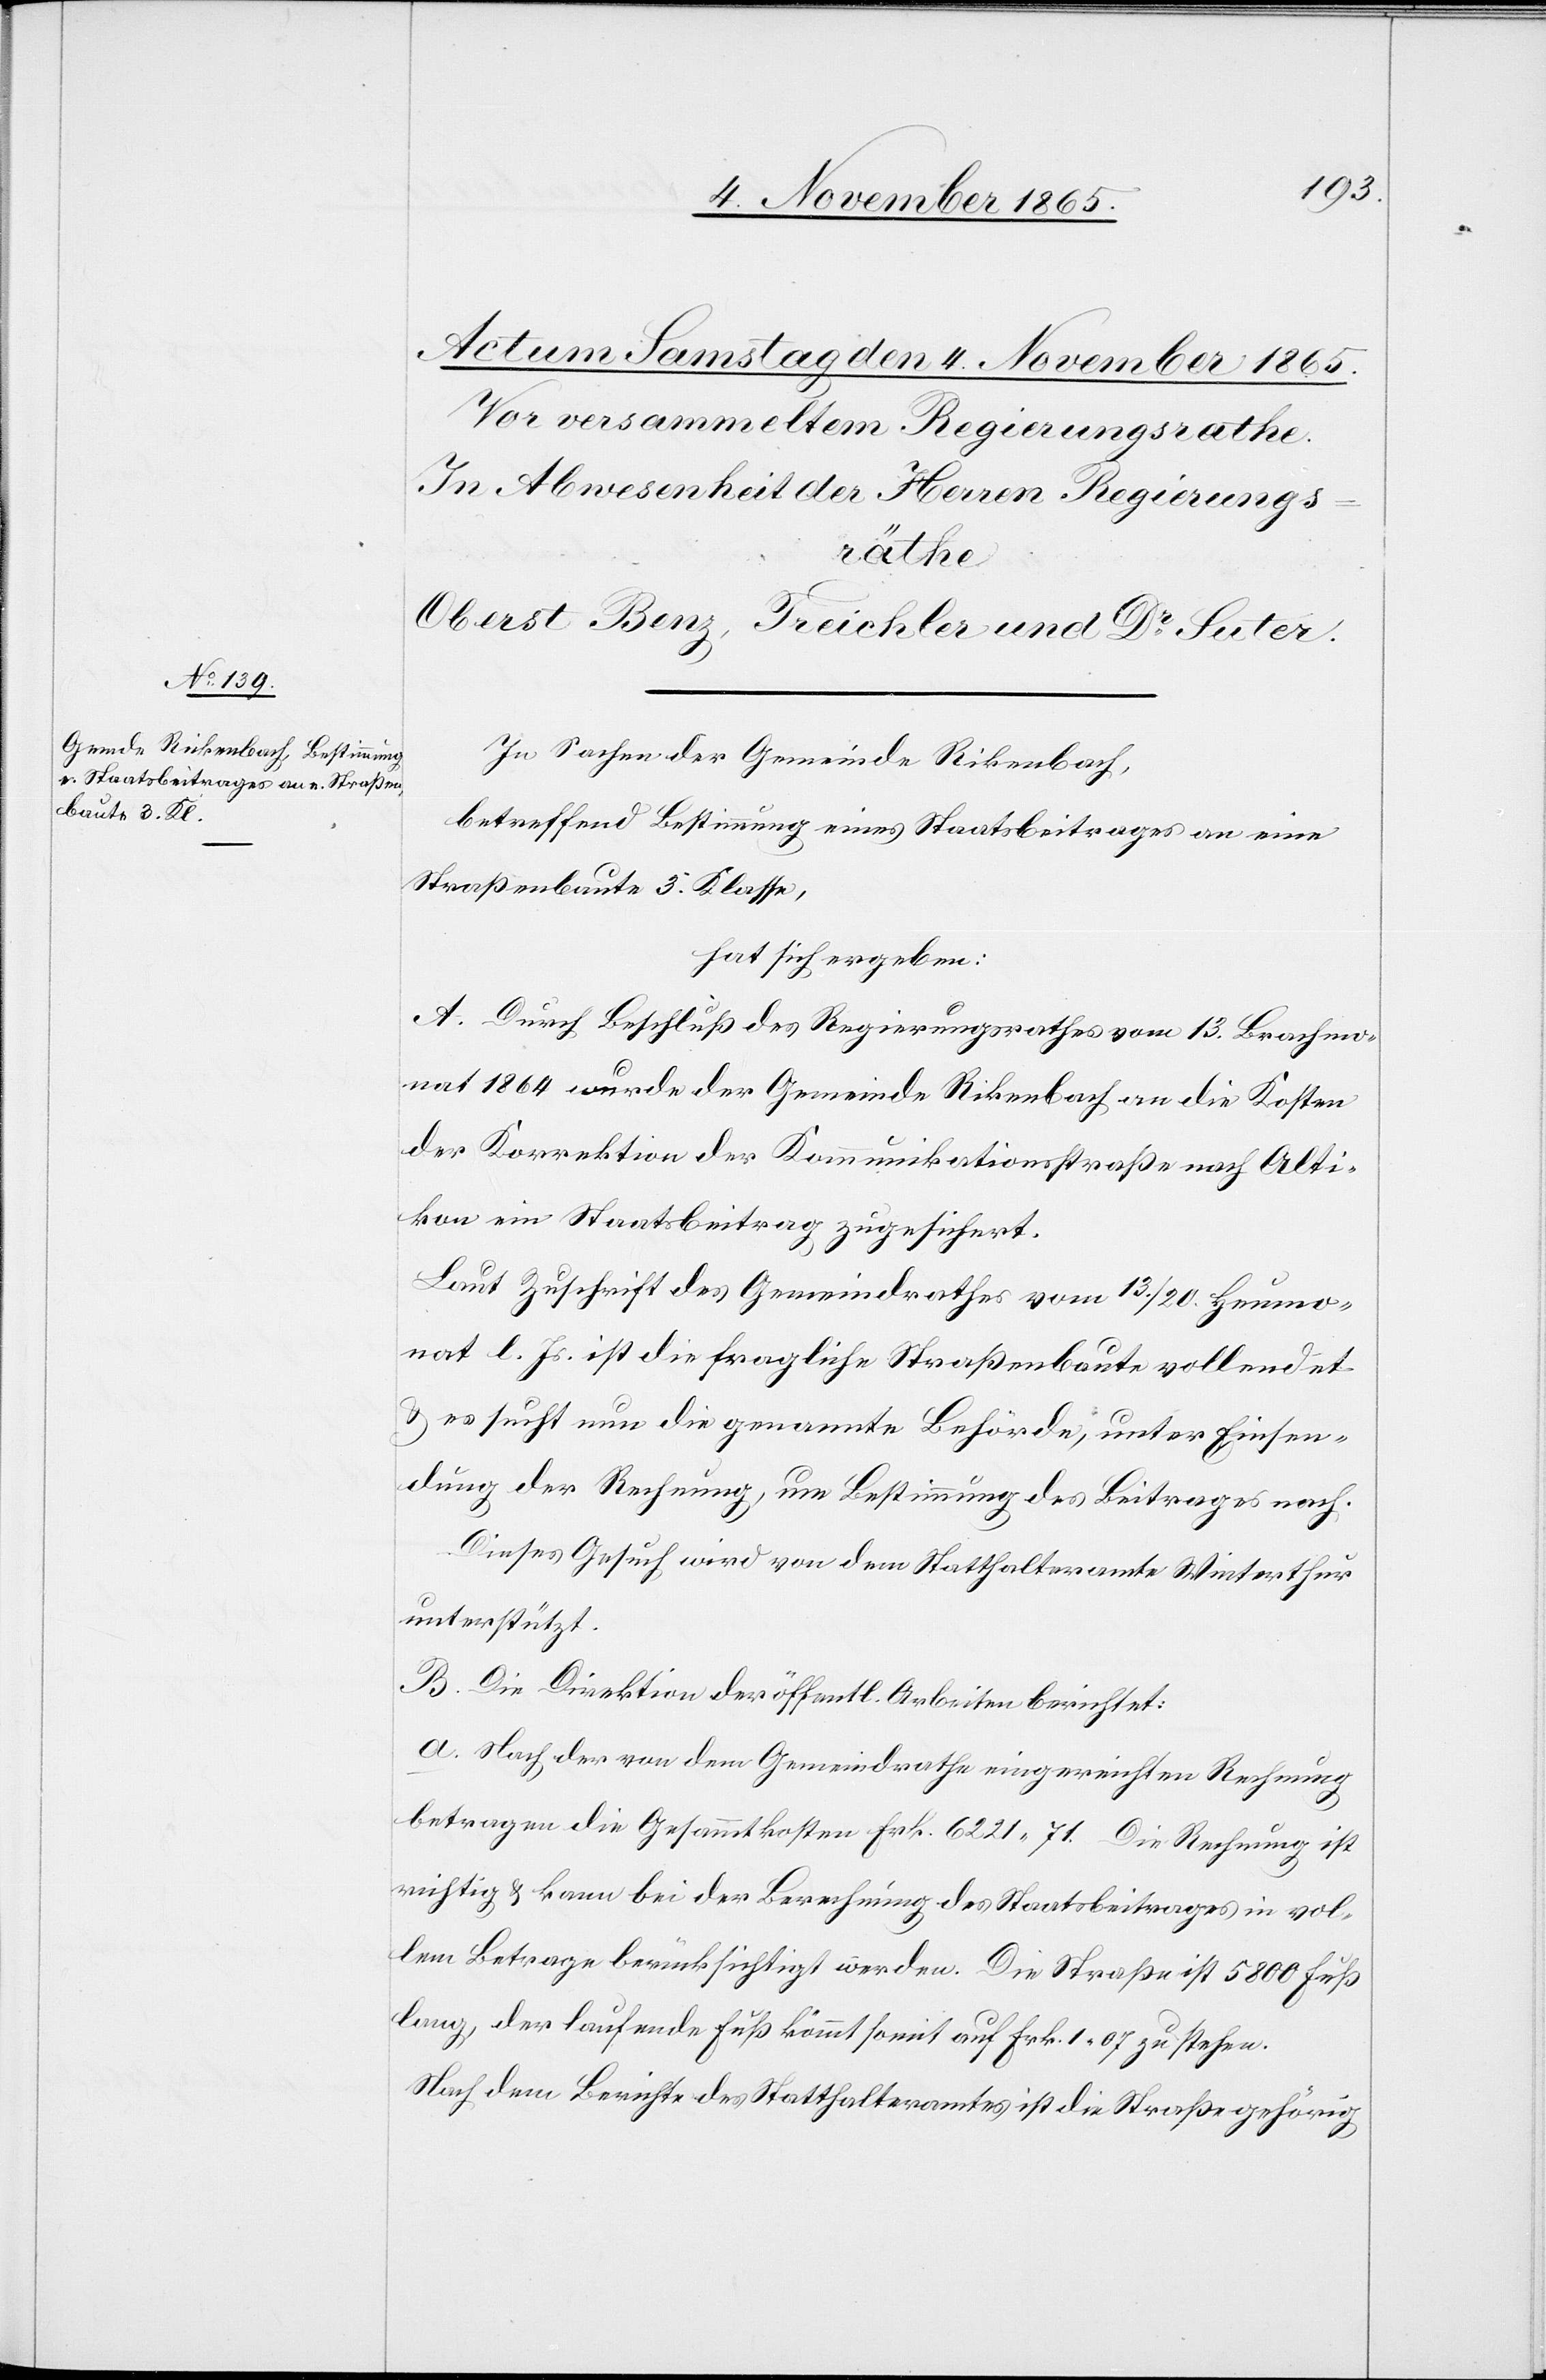
In Sachen der Gemeinde Rikenbach
betreffend Bestimmung eines Staatsbeitrages an eine
Straßenbaute 3. Klasse,
hat sich ergeben:
A. Durch Beschluß des Regierungsrathes vom 13. Brachmo¬
nat 1864 wurde der Gemeinde Rikenbach an die Kosten
der Korrektion der Kommunikationsstraße nach Alti¬
kon ein Staatsbeitrag zugesichert.
Laut Zuschrift des Gemeindrathes vom 13./20. Heumo¬
nat l. Js. ist die fragliche Straßenbaute vollendet
& es sucht nun die genannte Behörde, unter Einsen¬
dung der Rechnung, um Bestimmung des Beitrages nach.
Dieses Gesuch wird von dem Statthalteramte Winterthur
unterstützt.
B. Die Direktion der öffentl. Arbeiten berichtet:
a. Nach der von dem Gemeindrathe eingereichten Rechnung
betragen die Gesammtkosten Frk. 6221 71. Die Rechnung ist
richtig & kann bei der Berechnung des Staatsbeitrages in vol¬
lem Betrage berücksichtigt werden. Die Straße ist 5800 Fuß
lang, der laufende Fuß kömmt somit auf Frk. 1 07 zu stehen.
Nach dem Berichte des Statthalteramtes ist die Straße gehörig